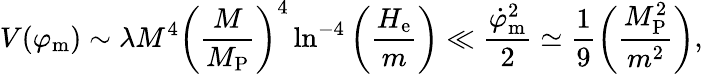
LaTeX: V(\varphi_{\mathrm{m}})\sim\lambda M^{4}\biggl(\frac{M}{M_{\mathrm{P}}}\biggr)^{4}\ln^{-4}{\biggl(\frac{H_{\mathrm{e}}}{m}\biggr)}\ll\frac{\dot{\varphi}_{\mathrm{m}}^{2}}{2}\simeq\frac{1}{9}\biggl(\frac{M_{\mathrm{P}}^{2}}{m^{2}}\biggr),